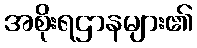
အစိုးရဌာနများ၏